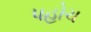
પહોચ